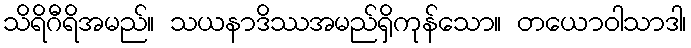
သိရိဂီရိအမည်။ သယနာဒိဿအမည်ရှိကုန်သော။ တယောဝါသာဒါ၊